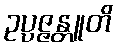
ဥပ္ပဇ္ဇန္တူတိ